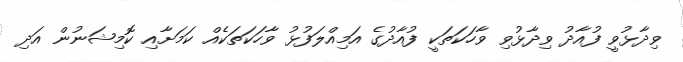
ވިދާޅުވީ ފުއާދު ވިދާޅުވި ވާހަކަތަކީ ފުއާދުގެ އަމިއްލަފުޅު ވާހަކަތަކެއް ކަމަށާއި ކޮމިޝަނުން އަދި